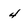
Character: 4